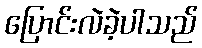
ပြောင်းလဲခဲ့ပါသည်